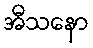
အီသနော